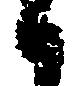
候